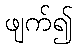
ဖျက်၍